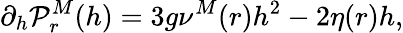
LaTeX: \displaystyle\partial_{h}{\cal P}_{r}^{M}(h)=3g\nu^{M}(r)h^{2}-2\eta(r)h,